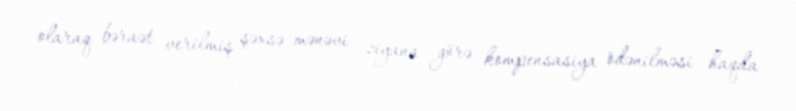
olaraq bəraət verilmiş şəxsə mənəvi ziyana görə kompensasiya ödənilməsi haqda